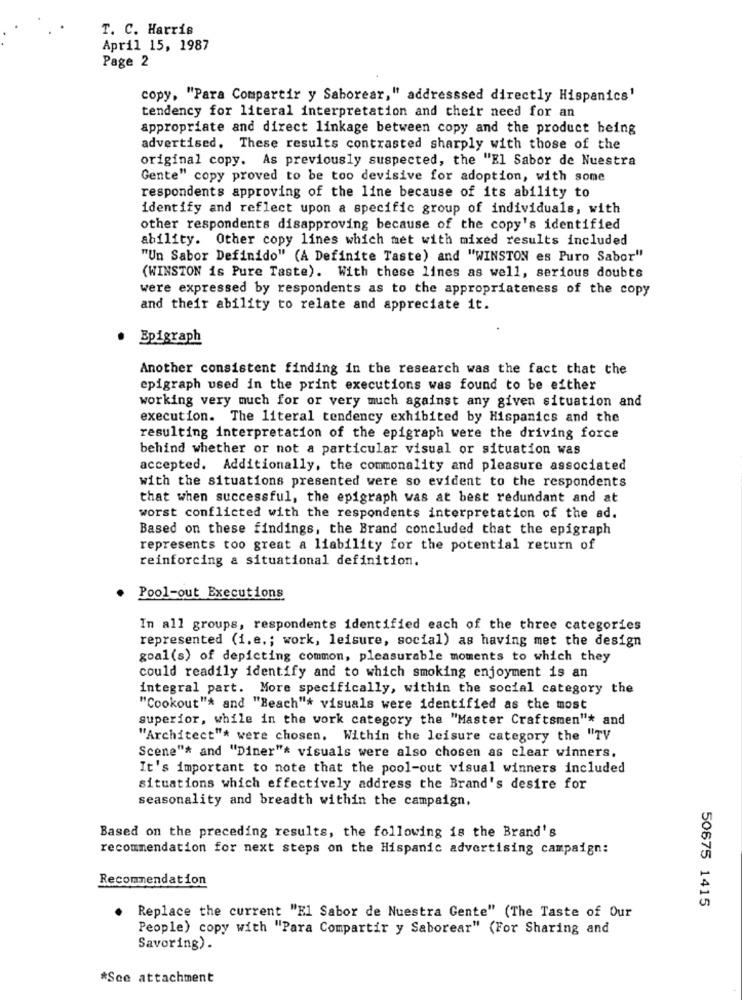
T. C. Harris
April 15, 1987
Page 2
copy, "Para Compartir y Saborear," addresssed directly Hispanics'
tendency for literal interpretation and their need for an
appropriate and direct linkage between copy and the product being
advertised. These results contrasted sharply with those of the
original copy. As previously suspected, the "El Sabor de Nuestra
Gente" copy proved to be too devisive for adoption, with some
respondents approving of the line because of its ability to
identify and reflect upon a specific group of individuals, with
other respondents disapproving because of the copy's identified
ability. Other copy lines which met with mixed results included
"Un Sabor Definido" (A Definite Taste) and "WINSTON es Puro Sabor"
(WINSTON is Pure Taste). With these lines as well, serious doubts
were expressed by respondents as to the appropriateness of the copy
and their ability to relate and appreciate it.
Epigraph
Another consistent finding in the research was the fact that the
epigraph used in the print executions was found to be either
working very much for or very much against any given situation and
execution. The literal tendency exhibited by Hispanics and the
resulting interpretation of the epigraph were the driving force
behind whether or not a particular visual or situation was
accepted. Additionally, the commonality and pleasure associated
with the situations presented were so evident to the respondents
that when successful, the epigraph was at best redundant and at
worst conflicted with the respondents interpretation of the ad.
Based on these findings, the Brand concluded that the epigraph
represents too great a liability for the potential return of
reinforcing a situational definition.
Pool-out Executions
In all groups, respondents identified each of the three categories
represented (i.e .; work, leisure, social) as having met the design
goal(s) of depicting common, pleasurable moments to which they
could readily identify and to which smoking enjoyment is an
integral part. More specifically, within the social category the
"Cookout"* and "Beach"* visuals were identified as the most
superior, while in the work category the "Master Craftsmen"* and
"Architect"* were chosen. Within the leisure category the "TV
Scene"* and "Diner"* visuals were also chosen as clear winners.
It's important to note that the pool-out visual winners included
situations which effectively address the Brand's desire for
seasonality and breadth within the campaign.
Based on the preceding results, the following is the Brand's
recommendation for next steps on the Hispanic advertising campaign:
Recommendation
50675 1415
Replace the current "El Sabor de Nuestra Gente" (The Taste of Our
People) copy with "Para Compartir y Saborear" (For Sharing and
Savoring) .
*See attachment